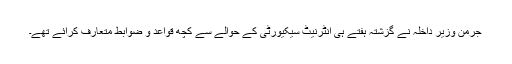
جرمن وزیر داخلہ نے گزشتہ ہفتے ہی انٹرنیٹ سیکیورٹی کے حوالے سے کچھ قواعد و ضوابط متعارف کرائے تھے۔